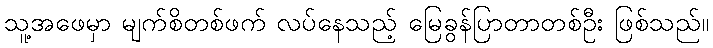
သူ့အဖေမှာ မျက်စိတစ်ဖက် လပ်နေသည့် မြေခွန်ပြာတာတစ်ဦး ဖြစ်သည်။